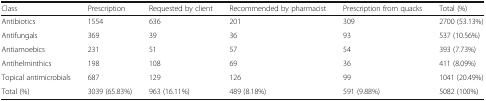
| Class | Prescription | Requested by client | Recommended by pharmacist | Prescription from quacks | Total (%) |
 | --- | --- | --- | --- | --- | --- |
 | Antibiotics | 1554 | 636 | 201 | 309 | 2700 (53.13%) |
 | Antifungals | 369 | 39 | 36 | 93 | 537 (10.56%) |
 | Antiamoebics | 231 | 51 | 57 | 54 | 393 (7.73%) |
 | Antihelminthics | 198 | 108 | 69 | 36 | 411 (8.09%) |
 | Topical antimicrobials | 687 | 129 | 126 | 99 | 1041 (20.49%) |
 | Total (%) | 3039 (65.83%) | 963 (16.11%) | 489 (8.18%) | 591 (9.88%) | 5082 (100%) |